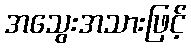
အသွေးအသားဖြင့်